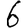
Digit: 6